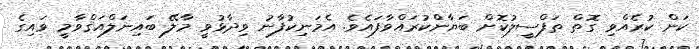
ކަން ކުރެއްވި ގޮތް ތަފްސީލުކޮށް ބަޔާންކުރައްވާފައެވެ. އެމަނިކުފާނު ވިދާޅުވީ މާލޭ ބައިނަލްއަޤްވާމީ ވައިގެ